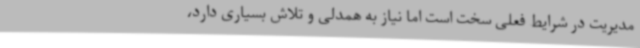
مدیریت در شرایط فعلی سخت است اما نیاز به همدلی و تلاش بسیاری دارد،